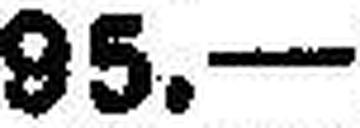
95.—